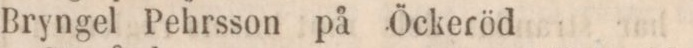
Bryngel Pehrsson på Öckeröd